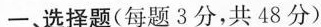
一、选择题(每题3分，共48分)